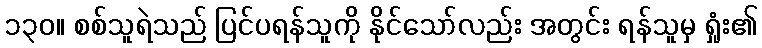
၁၃၀။ စစ်သူရဲသည် ပြင်ပရန်သူကို နိုင်သော်လည်း အတွင်း ရန်သူမှ ရှုံး၏